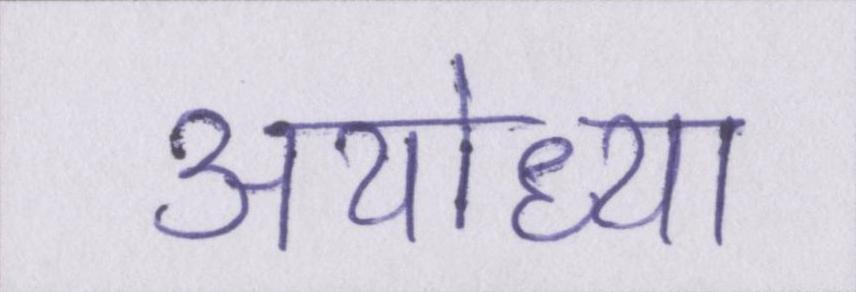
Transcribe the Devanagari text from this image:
अयोध्या